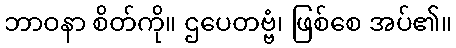
ဘာဝနာ စိတ်ကို။ ဌပေတဗ္ဗံ၊ ဖြစ်စေ အပ်၏။